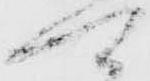
可